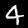
Label: 4